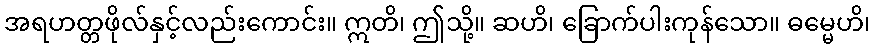
အရဟတ္တဖိုလ်နှင့်လည်းကောင်း။ ဣတိ၊ ဤသို့။ ဆဟိ၊ ခြောက်ပါးကုန်သော။ ဓမ္မေဟိ၊